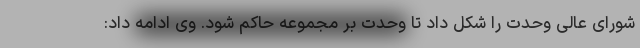
شورای عالی وحدت را شکل داد تا وحدت بر مجموعه حاکم شود. وی ادامه داد: